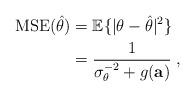
LaTeX: \begin{align*}\mathrm{MSE}(\hat{\theta})&=\mathbb{E}\{|\theta-\hat{\theta}|^2\}\\&=\frac{1}{\sigma_{\theta}^{-2}+ g(\mathbf{a})}\;,\end{align*}